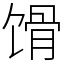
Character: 馉